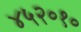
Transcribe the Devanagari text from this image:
४५२०१०